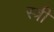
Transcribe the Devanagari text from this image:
स्त्री